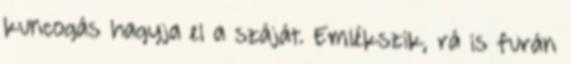
kuncogás hagyja el a száját. Emlékszik, rá is furán